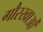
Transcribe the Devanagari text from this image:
गौरखाओं